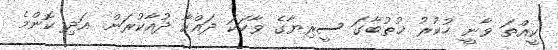
ކީއްތަ ވާނީ ހުކުރު ޚުތުބާގަ ސީރިޔާގެ ވާހަކަ ދައްކާ ދުއާކުރަން. އަދި ކޮންމެ